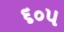
૬૦૫